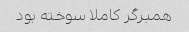
همبرگر کاملا سوخته بود